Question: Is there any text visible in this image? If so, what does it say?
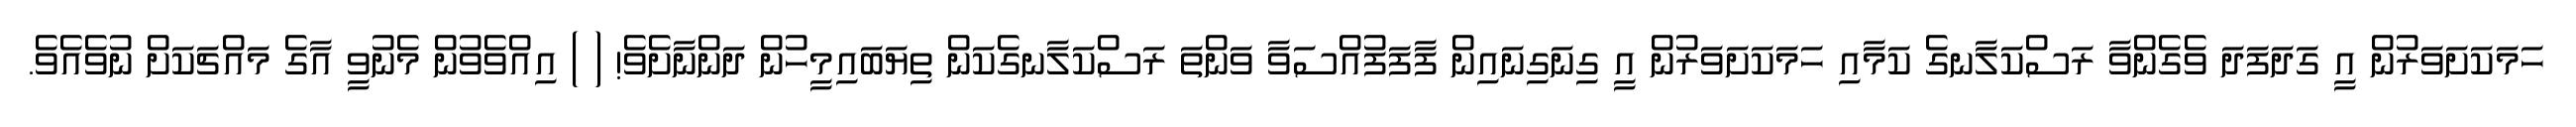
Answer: ހަމަކަށަވަރުން އީ ގަދަފަދަ ވެގެންވާ ރަސްކަލާނގެ ކަމާއި ހަމަކަށަވަރުން އީ ގިނަގިނައިން ފާފަފުއްސަވާ ވަންތަ ރަސްކަލާނގެކަން ތިޔަބައިމީހުން ދަންނާށެވެ! ( ) އިއްވެވުން މެނުވީ އާގެ މައްޗަކަށް ނުވެއެވެ.